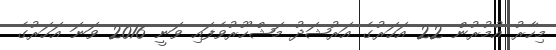
މިހާރު އުމުރުން 22 އަހަރުގެ އަރުޝަދު މަޝްހޫރުވެފައި ވަނީ 2016 ވަނަ އަހަރުގެ